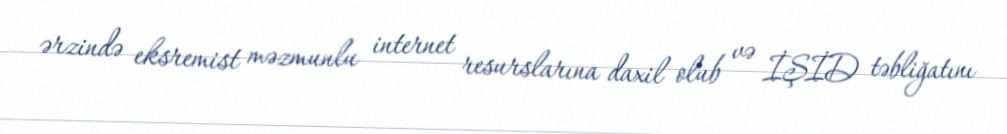
ərzində eksremist məzmunlu internet resurslarına daxil olub və İŞİD təbliğatını